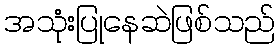
အသုံးပြုနေဆဲဖြစ်သည်